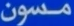
مسون